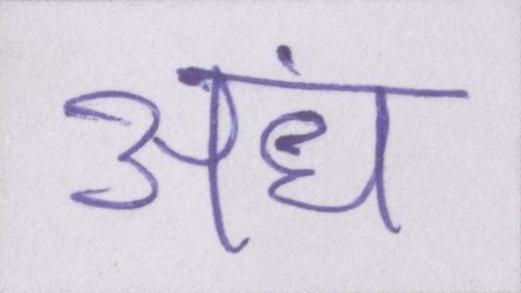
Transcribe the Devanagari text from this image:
अंध